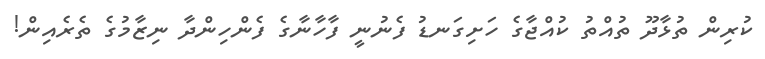
ކުރިން ތުޅާދޫ ތުއްތު ކުއްޖާގެ ހަށިގަނޑު ފެނުނީ ފާހާނާގެ ފެންހިންދާ ނިޒާމުގެ ތެރެއިން!